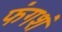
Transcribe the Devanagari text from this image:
फंगशं